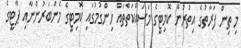
މި ތިން ފަރާތުގެ އިތުރުން ކޮމިޓީގެ މަސައްކަތްތައް ހިންގުމުގައި ކޮމިޓީގެ މެންބަރުންނާއި ޕާޓީގެ